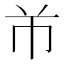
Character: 𱜢